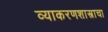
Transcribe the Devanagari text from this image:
व्याकरणशास्त्राचा